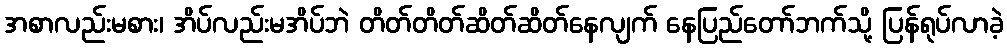
အစာလည်းမစား၊ အိပ်လည်းမအိပ်ဘဲ တိတ်တိတ်ဆိတ်ဆိတ်နေလျက် နေပြည်တော်ဘက်သို့ ပြန်ရုပ်လာခဲ့